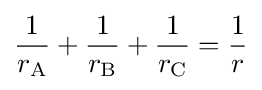
{\frac {1}{r_{\text{A}}}}+{\frac {1}{r_{\text{B}}}}+{\frac {1}{r_{\text{C}}}}={\frac {1}{r}}